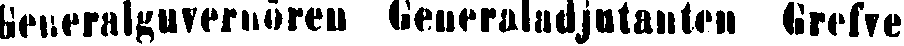
Generalguvernören Generaladjutanten grefve